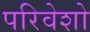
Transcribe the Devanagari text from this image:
परिवेशो